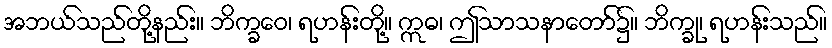
အဘယ်သည်တို့နည်း။ ဘိက္ခဝေ၊ ရဟန်းတို့။ ဣဓ၊ ဤသာသနာတော်၌။ ဘိက္ခု၊ ရဟန်းသည်။